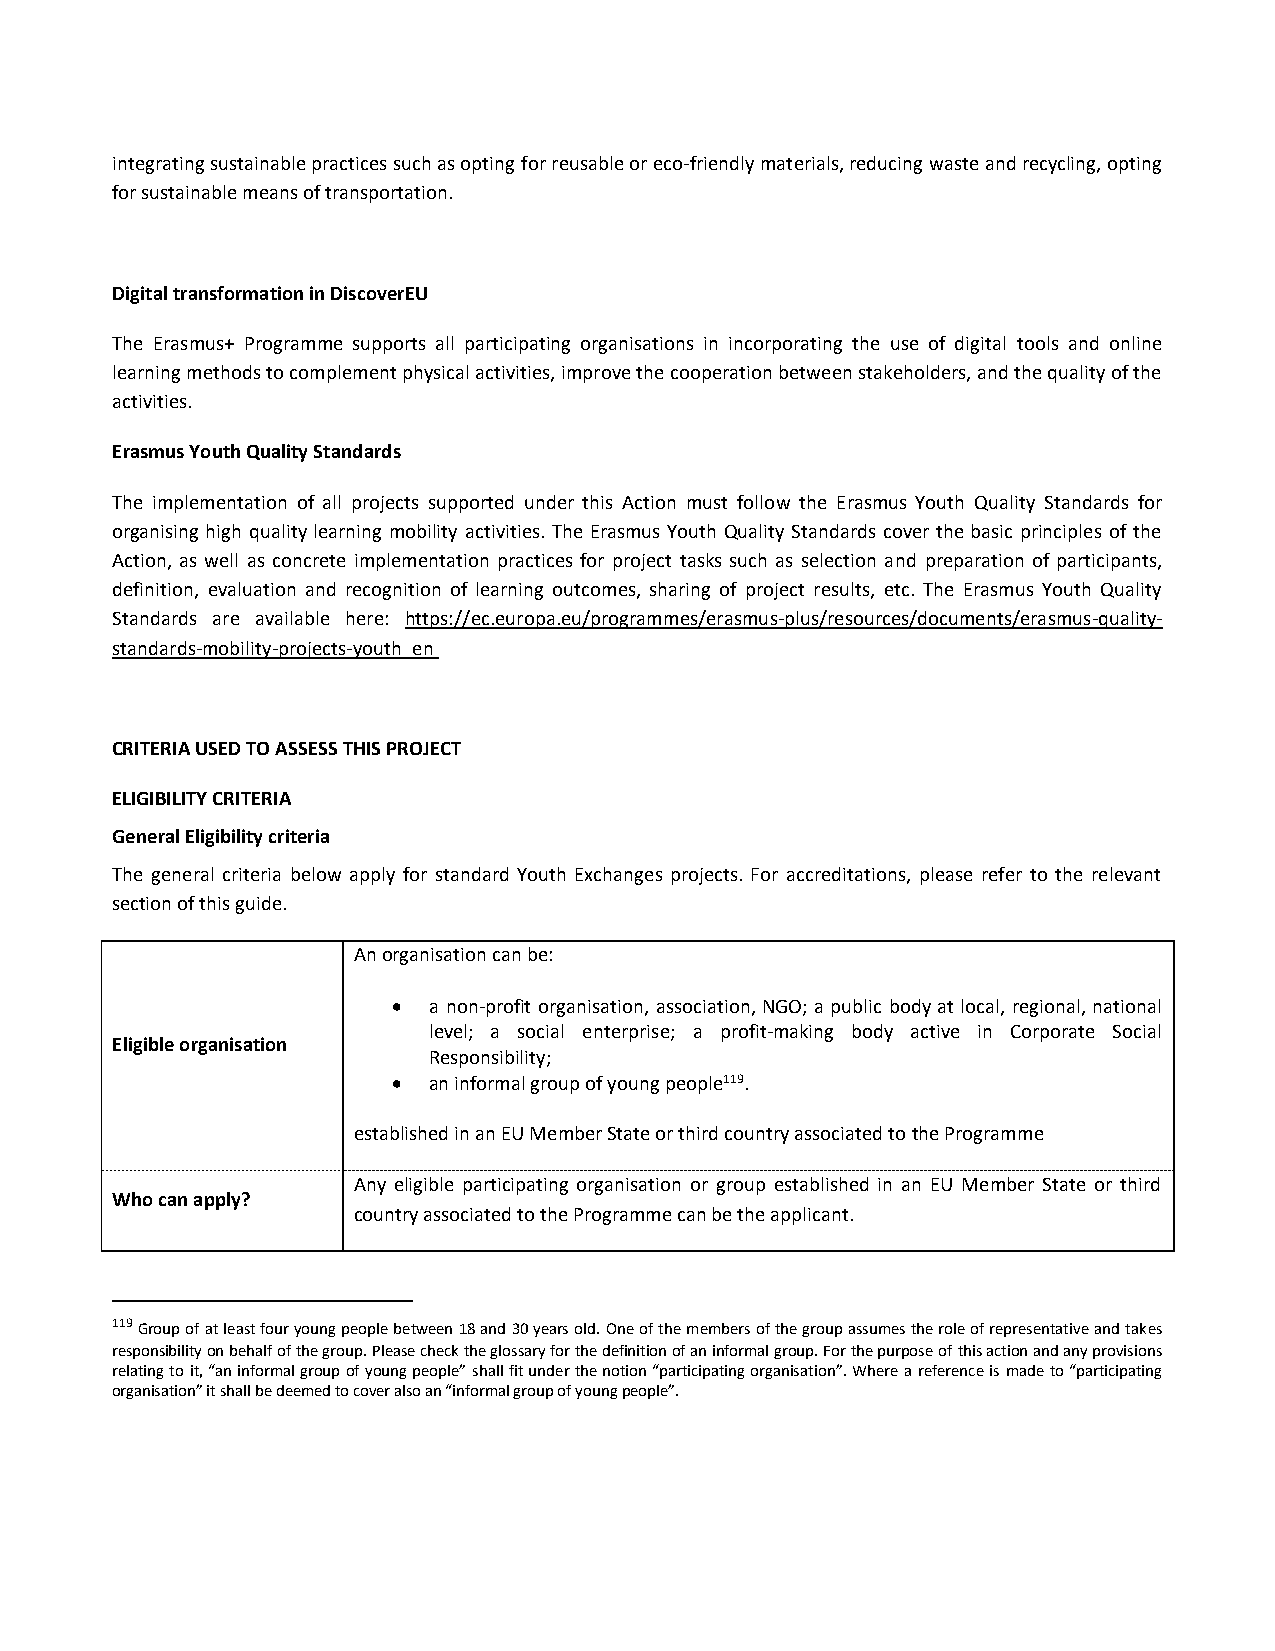
integrating sustainable practices such as opting for reusable or eco-friendly materials, reducing waste and recycling, opting
 for sustainable means of transportation.
 Digital transformation in DiscoverEU
 The Erasmus+ Programme supports all participating organisations in incorporating the use of digital tools and online
 learning methods to complement physical activities, improve the cooperation between stakeholders, and the quality of the
 activities.
 Erasmus Youth Quality Standards
 The implementation of all projects supported under this Action must follow the Erasmus Youth Quality Standards for
 organising high quality learning mobility activities. The Erasmus Youth Quality Standards cover the basic principles of the
 Action, as well as concrete implementation practices for project tasks such as selection and preparation of participants,
 definition, evaluation and recognition of learning outcomes, sharing of project results, etc. The Erasmus Youth Quality
 Standards are available here: https://ec.europa.eu/programmes/erasmus-plus/resources/documents/erasmus-quality-
 standards-mobility-projects-youth_en
 CRITERIA USED TO ASSESS THIS PROJECT
 ELIGIBILITY CRITERIA
 General Eligibility criteria
 The general criteria below apply for standard Youth Exchanges projects. For accreditations, please refer to the relevant
 section of this guide.
 An organisation can be:
  a non-profit organisation, association, NGO; a public body at local, regional, national
 level; a social enterprise; a profit-making body active in Corporate Social
 Eligible organisation
 Responsibility;
  an informal group of young people119.
 established in an EU Member State or third country associated to the Programme
 Any eligible participating organisation or group established in an EU Member State or third
 Who can apply?
 country associated to the Programme can be the applicant.
 119 Group of at least four young people between 18 and 30 years old. One of the members of the group assumes the role of representative and takes
 responsibility on behalf of the group. Please check the glossary for the definition of an informal group. For the purpose of this action and any provisions
 relating to it, “an informal group of young people” shall fit under the notion “participating organisation”. Where a reference is made to “participating
 organisation” it shall be deemed to cover also an “informal group of young people”.